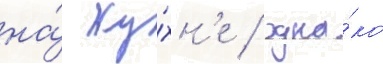
на́ ку́хн'е / одна́ко